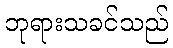
ဘုရားသခင်သည်